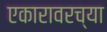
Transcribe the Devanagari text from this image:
एकारावरच्या